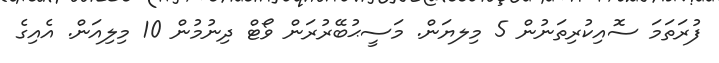
ފުރަތަމަ ސޮއިކުރިތަނުން 5 މިލޔަން. މަސީޙުބޭރުރަން ވޯޓް ދިނުމުން 10 މިލިއަން. އެއިގެ